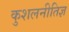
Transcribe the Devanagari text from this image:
कुशलनीतिज्ञ